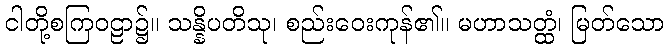
ငါတို့စကြဝဠာ၌။ သန္နိပတိသု၊ စည်းဝေးကုန်၏။ မဟာသတ္ထံ၊ မြတ်သော